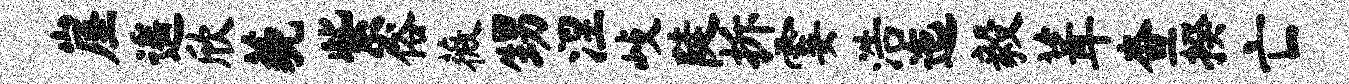
崖遥欣藐紫俗薇甥涅歧陡拆霎浩迤毅葺查揆亡